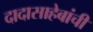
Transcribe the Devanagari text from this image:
दादासाहेबांची